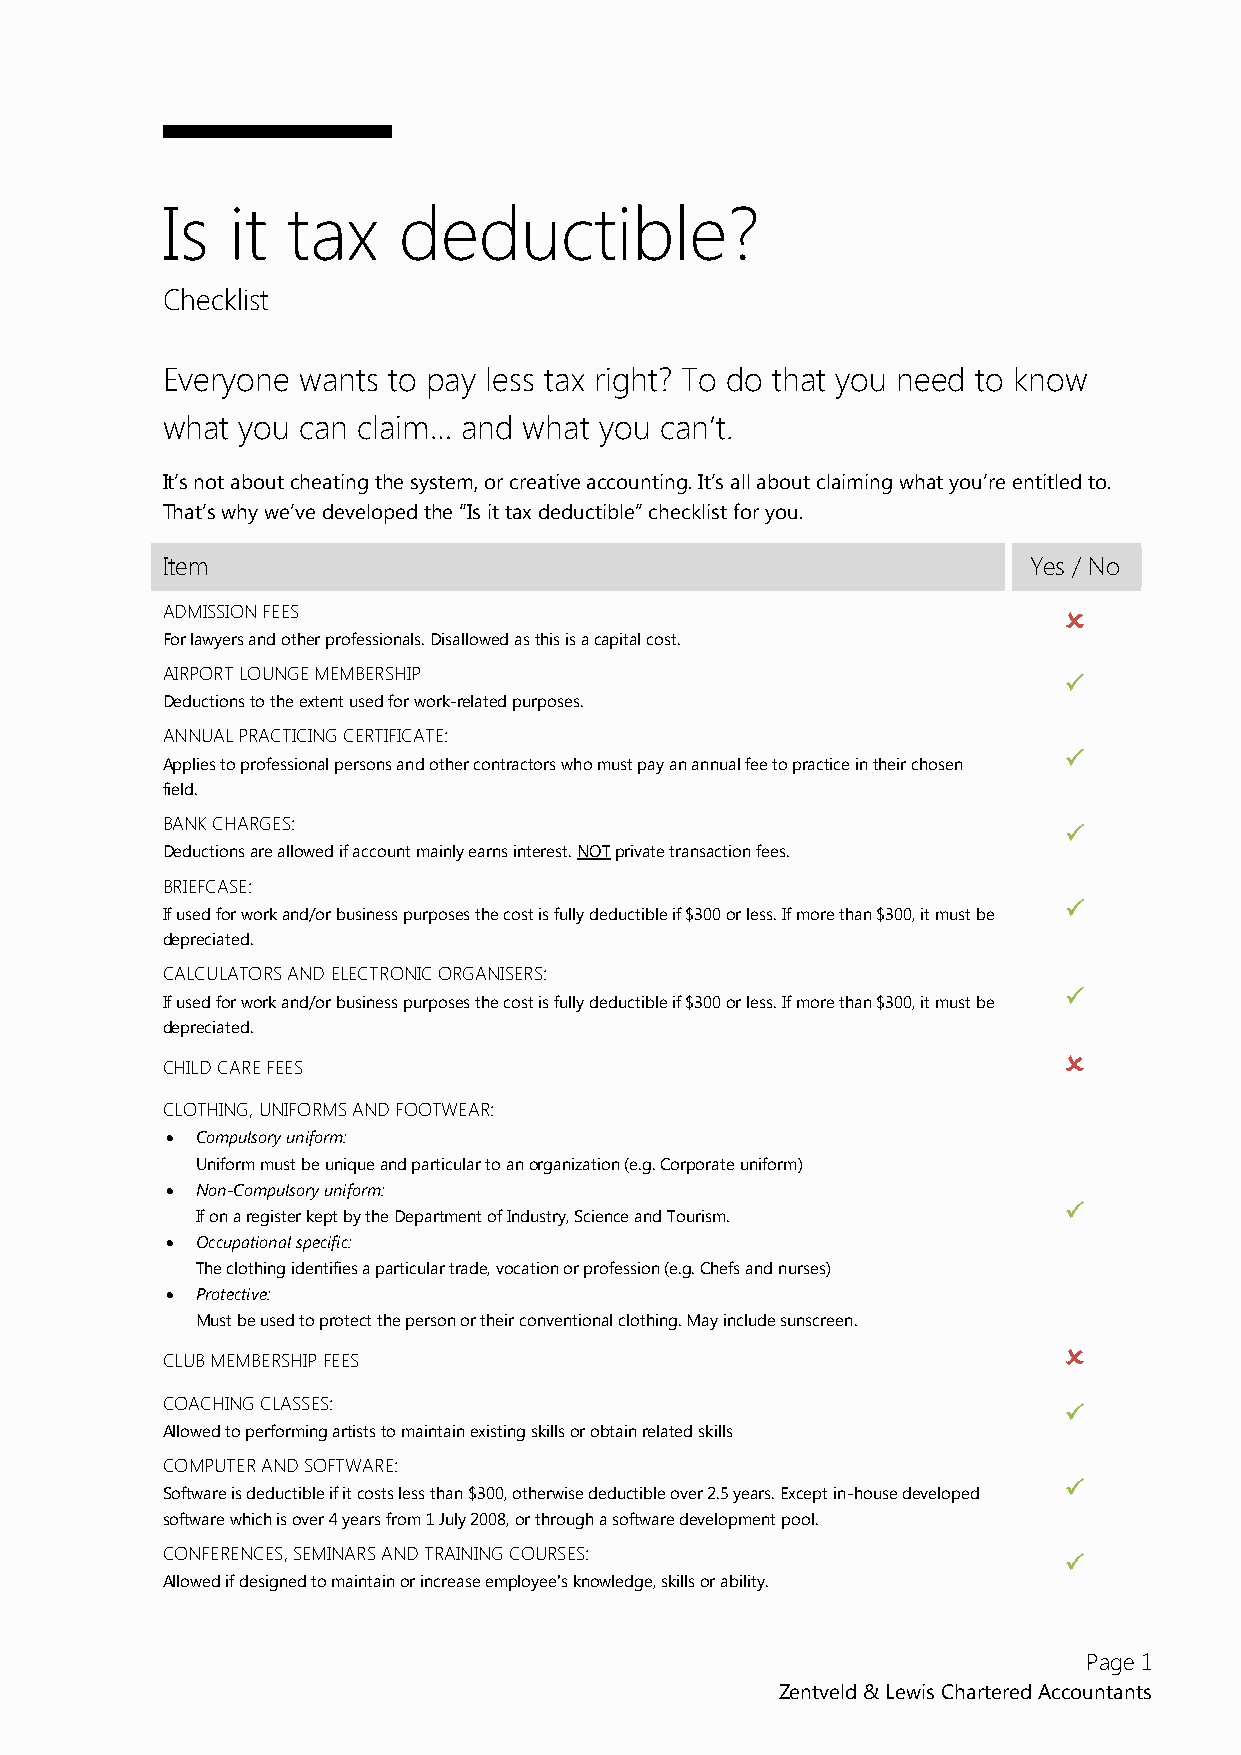
Is  it  tax    deductible?
 Checklist
 Everyone wants to pay less tax right? To do that you need to know
 what you can claim… and what you can’t.
 It’s not about cheating the system, or creative accounting. It’s all about claiming what you’re entitled to.
 That’s why we’ve developed the “Is it tax deductible” checklist for you.
 Item                                                     Yes / No
 ADMISSION FEES                                             
 For lawyers and other professionals. Disallowed as this is a capital cost.
 AIRPORT LOUNGE MEMBERSHIP
 
 Deductions to the extent used for work-related purposes.
 ANNUAL PRACTICING CERTIFICATE:
 
 Applies to professional persons and other contractors who must pay an annual fee to practice in their chosen
 field.
 BANK CHARGES:
 
 Deductions are allowed if account mainly earns interest. NOT private transaction fees.
 BRIEFCASE:
 
 If used for work and/or business purposes the cost is fully deductible if $300 or less. If more than $300, it must be
 depreciated.
 CALCULATORS AND ELECTRONIC ORGANISERS:
 
 If used for work and/or business purposes the cost is fully deductible if $300 or less. If more than $300, it must be
 depreciated.
 
 CHILD CARE FEES
 CLOTHING, UNIFORMS AND FOOTWEAR:
  Compulsory uniform:
 Uniform must be unique and particular to an organization (e.g. Corporate uniform)
  Non-Compulsory uniform:
 
 If on a register kept by the Department of Industry, Science and Tourism.
  Occupational specific:
 The clothing identifies a particular trade, vocation or profession (e.g. Chefs and nurses)
  Protective:
 Must be used to protect the person or their conventional clothing. May include sunscreen.
 
 CLUB MEMBERSHIP FEES
 COACHING CLASSES:
 
 Allowed to performing artists to maintain existing skills or obtain related skills
 COMPUTER AND SOFTWARE:
 
 Software is deductible if it costs less than $300, otherwise deductible over 2.5 years. Except in-house developed
 software which is over 4 years from 1 July 2008, or through a software development pool.
 CONFERENCES, SEMINARS AND TRAINING COURSES:
 
 Allowed if designed to maintain or increase employee's knowledge, skills or ability.
 Page 1
 Zentveld & Lewis Chartered Accountants